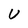
Character: U